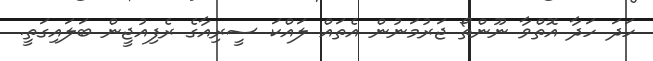
ހަދަ ހަދާ އޮތްވާ ނޫންތޯ ޖަރުމަނުން އެތައް ލައްކަ ސީރިއާގެ ރެފިއުޖީން ބަލައިގަތީ.